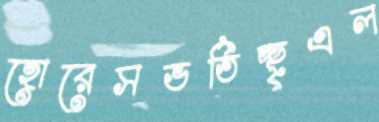
হোরেসভর্তিচ্ছৃএল